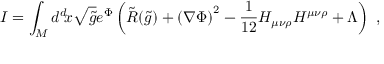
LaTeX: I = \int _ { \cal { M } } d ^ { d } \! x \sqrt { \tilde { g } } e ^ { \Phi } \left( \tilde { R } ( \tilde { g } ) + \left( \nabla \Phi \right) ^ { 2 } - { \frac { 1 } { 1 2 } } H _ { \mu \nu \rho } H ^ { \mu \nu \rho } + \Lambda \right) \ ,